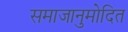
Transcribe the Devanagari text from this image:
समाजानुमोदित